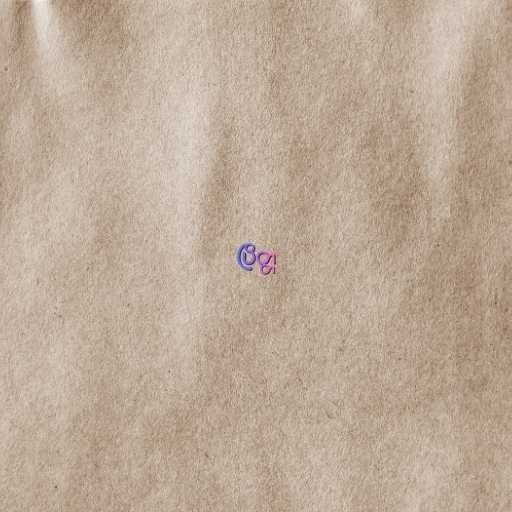
ပြိတ္တ